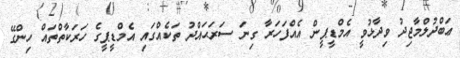
ޢަބްދުލްމާޖިދު ވިދާޅުވީ އެމްޑީޕީން އެއްފަހަރާ ގިނަ ސަރަޙައްދު ތަކެއްގައި އެމްޑީޕީގެ ހަރަކާތްތައް ހިންގޭ